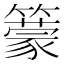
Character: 𥵿